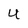
Character: u